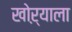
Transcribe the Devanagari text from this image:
खोऱ्याला